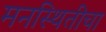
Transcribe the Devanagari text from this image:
मनस्थितीचा